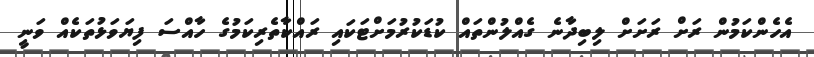
އެހެންކަމުން ރަށް ރަށަށް ލިބިދާނެ ގެއްލުންތައް ކުޑަކުރުމަށްޓަކައި ރައްކާތެރިކަމުގެ ހާއްސަ ފިޔަވަޅުތަކެއް ވަނީ